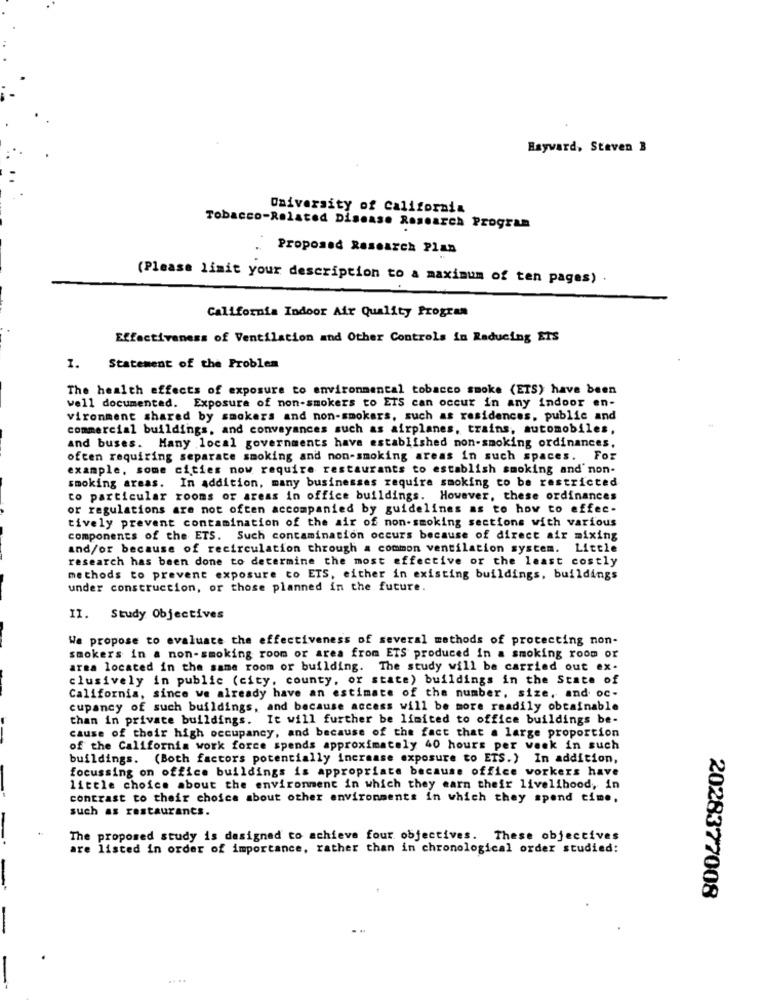
Bayvard, Steven 3
University of California
Tobacco-Related Disease Research Program
Proposed Research Plan
(Please limit your description to a maximum of ten pages) .
California Indoor Air Quality Program
Effectiveness of Ventilation and Other Controls in Reducing ETS
1.
Statement of the Problem
The health effects of exposure to environmental tobacco smoke (ETS) have been
well documented. Exposure of non-smokers to ETS can occur in any indoor en-
vironment shared by smokers and non-smokers, such as residences, public and
commercial buildings, and convayances such as airplanes, trains, automobiles,
and buses. Many local governments have established non-smoking ordinances,
often requiring separate smoking and non-smoking areas in such spaces. For
example, some cities now require restaurants to establish smoking and' non-
smoking areas. In addition, many businesses require smoking to be restricted
co particular rooms or areas in office buildings. However, these ordinances
or regulations are not often accompanied by guidelines as to how to effec-
tively prevent contamination of the air of non-smoking sections with various
components of the ETS. Such contamination occurs because of direct air mixing
and/or because of recirculation through a common ventilation system. Little
research has been done to determine the most effective or the least costly
methods to prevent exposure to ETS, either in existing buildings, buildings
under construction, or those planned in the future.
II.
Study Objectives
We propose to evaluate the effectiveness of several methods of protecting non-
smokers in a non-smoking room or area from ETS produced in a smoking room or
arma located in the same room or building. The study will be carried out ex-
clusively in public (city, county, or state) buildings in the State of
California, since we already have an estimate of the number, size, and oc-
cupancy of such buildings, and because access will be more readily obtainable
than in private buildings. It will further be limited to office buildings be-
cause of their high occupancy, and because of the fact that a large proportion
of the California work force spends approximately 40 hours per week in such
buildings. (Both factors potentially increase exposure to ETS.) In addition,
focussing on office buildings is appropriate because office workers have
little choice about the environment in which they earn their livelihood, in
contrast to their choice about other environments in which they spend time,
such as restaurants.
The proposed study is designed to achieve four objectives. These objectives
are listed in order of importance, rather than in chronological order studied:
2028377008